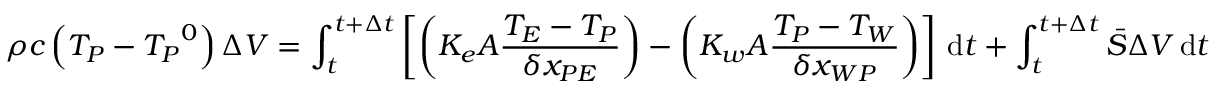
\rho c \left( T _ { P } - { T _ { P } } ^ { 0 } \right) \Delta V = \int _ { t } ^ { t + \Delta t } \left[ \left( K _ { e } A { \frac { T _ { E } - T _ { P } } { \delta x _ { P E } } } \right) - \left( K _ { w } A { \frac { T _ { P } - T _ { W } } { \delta x _ { W P } } } \right) \right] \, \mathrm { d } t + \int _ { t } ^ { t + \Delta t } { \bar { S } } \Delta V \, \mathrm { d } t